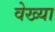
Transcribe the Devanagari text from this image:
वेख्या